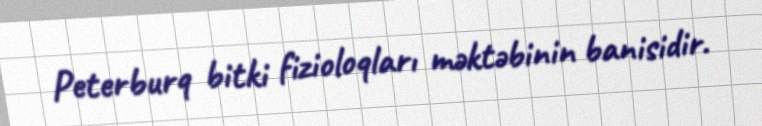
Peterburq bitki fizioloqları məktəbinin banisidir.